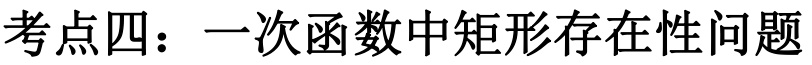
考点四：一次函数中矩形存在性问题